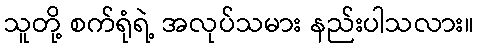
သူတို့ စက်ရုံရဲ့ အလုပ်သမား နည်းပါသလား။